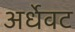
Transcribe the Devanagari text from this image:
अर्धेवट